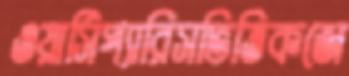
ওয়ার্সিপ্যারিসভিত্তিকজে